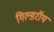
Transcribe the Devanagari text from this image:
गिल्डरॉय